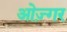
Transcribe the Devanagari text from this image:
ओज़्गर